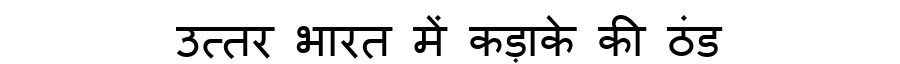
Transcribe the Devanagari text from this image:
उत्तर भारत में कड़ाके की ठंड